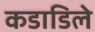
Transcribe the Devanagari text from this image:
कडाडिले